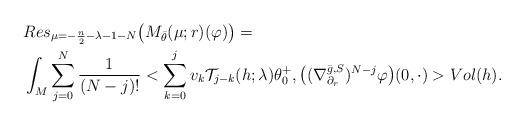
LaTeX: \begin{align*} &Res_{\mu=-\frac n2-\lambda-1-N}\big(M_{\bar{\theta}}(\mu;r)(\varphi)\big)=\\ &\int_M\sum_{j=0}^N\frac{1}{(N-j)!}<\sum_{k=0}^jv_k\mathcal{T}_{j-k}(h;\lambda)\theta_0^+ ,\big((\nabla^{\bar{g},S}_{\partial_r})^{N-j}\varphi\big)(0,\cdot)>Vol(h). \end{align*}